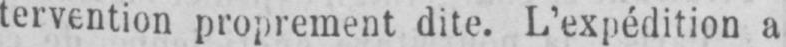
tervention proprement dite. L’expédition a